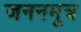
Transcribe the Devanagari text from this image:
जननमूत्र